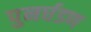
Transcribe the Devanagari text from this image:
पुनर्घडण